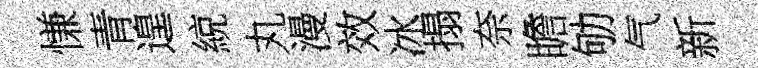
慊青遑綂丸漫效冰搨奈瞻劬气新